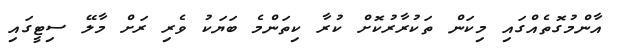
އާންމުގޮތެއްގައި މިކަން ތަކުރާރުކޮށް ކުރާ ކިތަންމެ ބަޔަކު ވެރި ރަށް މާލޭ ސިޓީގައި